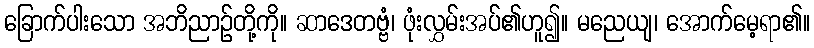
ခြောက်ပါးသော အဘိညာဉ်တို့ကို။ ဆာဒေတဗ္ဗံ၊ ဖုံးလွှမ်းအပ်၏ဟူ၍။ မညေယျ၊ အောက်မေ့ရာ၏။